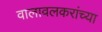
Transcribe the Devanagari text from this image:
वालावलकरांच्या